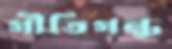
গীতিগন্ধ